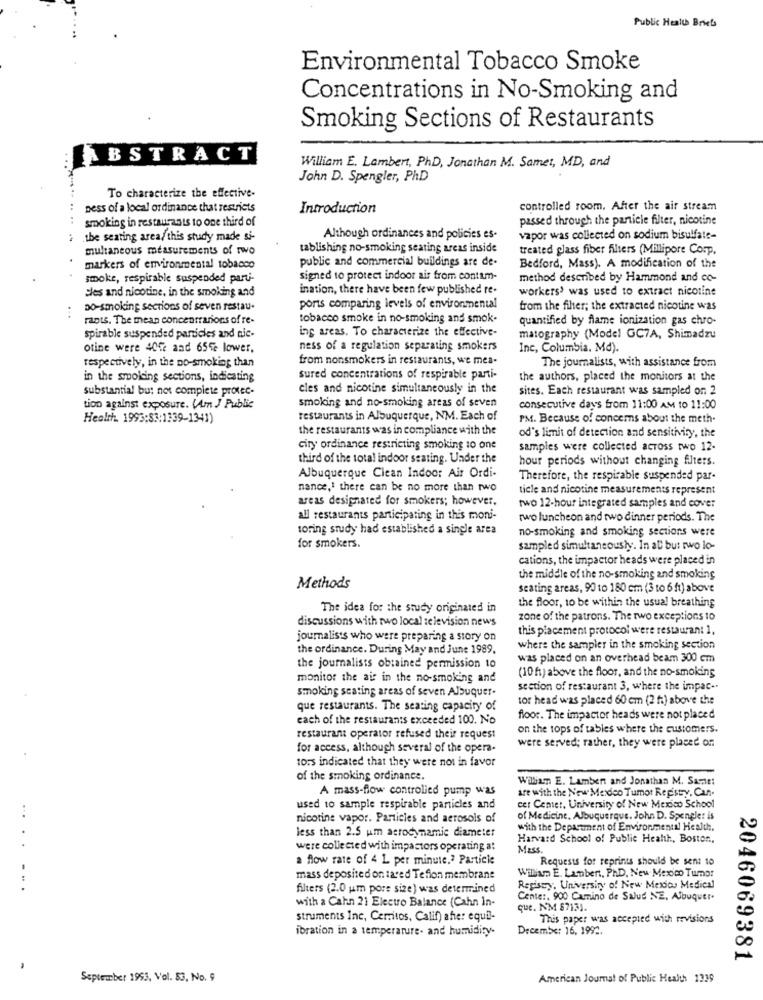
Public Health Briefs
Environmental Tobacco Smoke
Concentrations in No-Smoking and
Smoking Sections of Restaurants
ABSTRACT
William E. Lambert, PhD, Jonathan M. Samet, MD, and
John D. Spengler, PhD
To characterize the effective-
pess of a local ordinance that restricts
Introduction
controlled room. After the air stream
smoking in restaurants to one third of
passed through the particle filter, nicotine
2 .the seating area, this study made si-
Although ordinances and policies es-
vapor was collected on sodium bisulfate-
multaneous measurements of rwo
tablishing no-smoking seating areas inside
treated glass fiber filters (Millipore Corp,
public and commercial buildings are de-
markers of environmental tobacco
Bedford, Mass). A modification of the
smoke, respirable suspended parti-
signed to protect indoor air from contam-
method described by Hammond and co-
sles and nicotine, in the smoking and
ination, there have been few published re-
workers' was used to extract nicotine
..
Do-smoking sections of seven restau.
ports comparing levels of environmental
from the fiher; the extracted nicotine was
rants. The mean concentrations of re-
tobacco smoke in no-smoking and smok.
quantified by flame ionization gas chro-
ing areas. To characterize the effective-
spirable suspended particles and nic-
matography (Model GC7A, Shimadzu
otine were 40fe and 65% lower.
ness of a regulation separating smokers
Inc, Columbia. Md).
from nonsmokers in restaurants, we mea-
respectively, in the no-smoking than
The journalists, with assistance from
in the smoking sections, indicating
sured concentrations of respirable parti-
the authors, placed the monitors at the
substantial but not complete protec-
cles and nicotine simultaneously in the
sites. Each restaurant was sampled on 2
smoking and no-smoking areas of seven
tion against exposure. (Am J Public
consecutive days from 11:00 AM to 11:00
Health. 1993:83:1339-1341)
restaurants in Albuquerque, NM. Each of
PM. Because of concerns about the meth.
the restaurants was in compliance with the
od's limit of detection and sensitivity, the
ciry ordinance restricting smoking to one
samples were collected across two 12-
third of the total indoor seating. Under the
hour periods without changing filters.
Albuquerque Clean Indoor Air Ordi-
Therefore, the respirable suspended par-
nance,' there can be no more than two
ticle and nicotine measurements represent
areas designated for smokers; however,
two 12-hour integrated samples and cover
all restaurants participating in this moni-
two luncheon and two dinner periods. The
toring study had established a single area
no-smoking and smoking sections were
for smokers.
sampled simultaneously. In al bur rwo lo-
cations, the impactor heads were placed in
the middle of the no-smoking and smoking
Methods
seating areas, 90 to 180 cm (3 to 6 ft) above
the floor, to be within the usual breathing
The idea for the study originated in
discussions with two local :clevision news
zone of the patrons. The two exceptions to
this placement protocol were restaurant 1,
journalists who were preparing a story on
the ordinance. During May and June 1989,
where the sampler in the smoking section
was placed on an overhead beam 300 cm
the journalists obtained permission to
(10 ft) above the floor, and the no-smoking
monitor the air in the no-smoking and
smoking seating areas of seven Albuquer-
section of restaurant 3, where the impac ..
tor head was placed 60 cm (2 f:) above the
que restaurants. The seating capacity of
each of the restaurants exceeded 100. No
floor. The impactor heads were not placed
on the tops of tables where the customers.
restaurant operator refused their request
were served; rather, they were placed on
for access, although several of the opera-
tors indicated that they were not in favor
of the smoking ordinance.
William E. Lambert and Jonathan M. Samte!
A mass-flow controlled pump was
are with the New Mexico Tumor Repisty. Can.
used to sample respirable particles and
cer Center, University of New Mexico School
...
nicotine vapor. Particles and aerosols of
of Medicine. Albuquerque. John D. Spengler is
less than 2.5 um aerodynamic diameter
with the Department of Environmental Health.
Harvard School of Public Health, Boston .,
were collected with impastors operating a:
Mass
a flow rate of 4 L per minute.2 Particle
Requests for reprints should be sent to
William E. Lambert, Ph.D, New Mexico Tumor
mass deposited on tared Tefion membrane
....
filters (2.0 um pors size) was determined
Registry, University of New Mexico Medical
with a Cahn 21 Electro Balance (Cahn in-
Center. 900 Camino de Salud NE, Albuquer-
que. NM 67131.
struments Inc, Cemtos, Calif) after equil-
This paper was accepted with revisions
ibration in a temperature- and humidity-
Drcemc: 16, 1992.
2046069381
September 1953, Vol. 53, No. 9
American Journal of Public Health 1339